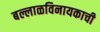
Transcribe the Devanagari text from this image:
बल्लाळविनायकाची